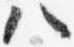
八